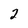
Character: 2